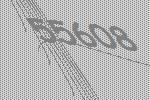
55608